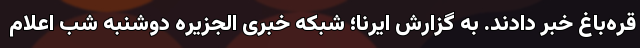
قره‌باغ خبر دادند. به گزارش ایرنا؛ شبکه خبری الجزیره دوشنبه شب اعلام